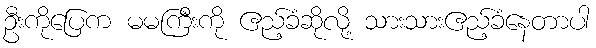
ဦးကိုပြေက မမကြီးကို ဧည့်ခံဆိုလို့ သားသားဧည့်ခံနေတာပါ